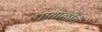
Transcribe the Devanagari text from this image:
पाताळींचें